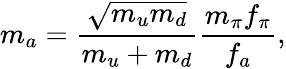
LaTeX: m_{a}=\frac{\sqrt{m_{u}m_{d}}}{m_{u}+m_{d}}\frac{m_{\pi}f_{\pi}}{f_{a}},